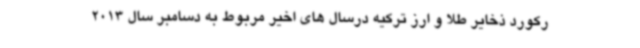
رکورد ذخایر طلا و ارز ترکیه درسال های اخیر مربوط به دسامبر سال 2013